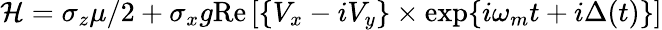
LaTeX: \mathcal{H}=\sigma_{z}\mu/2+\sigma_{x}g\mathrm{Re}\left[\{ V_{x}-iV_{y}\} \times\exp\{ i\omega_{m}t+i\Delta(t)\} \right]